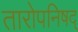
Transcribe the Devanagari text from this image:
तारोपनिषद्